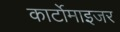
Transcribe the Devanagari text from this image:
कार्टोमाइजर